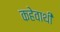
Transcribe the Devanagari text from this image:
कहेवाथी